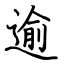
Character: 逾